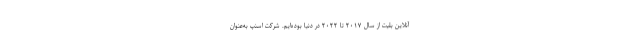
آنلاین بلیت از سال ۲۰۱۷ تا ۲۰۲۲ در دنیا بوده‌ایم. شرکت اسنپ به‌عنوان